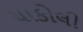
ચાકોલી